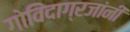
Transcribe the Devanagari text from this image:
गोविंदाग्रजांनी